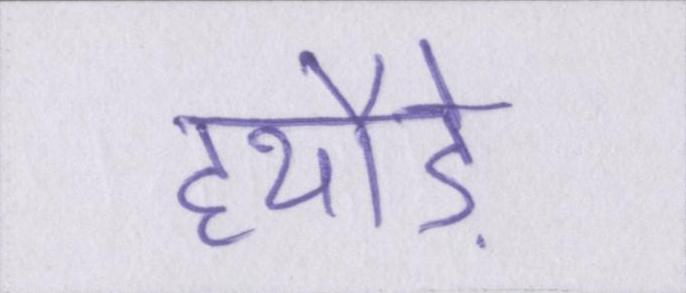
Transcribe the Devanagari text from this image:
हथौड़े